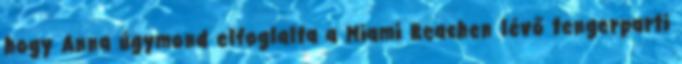
hogy Anna úgymond elfoglalta a Miami Beachen lévő tengerparti